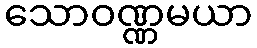
သောဝဏ္ဏမယာ